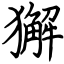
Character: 獬